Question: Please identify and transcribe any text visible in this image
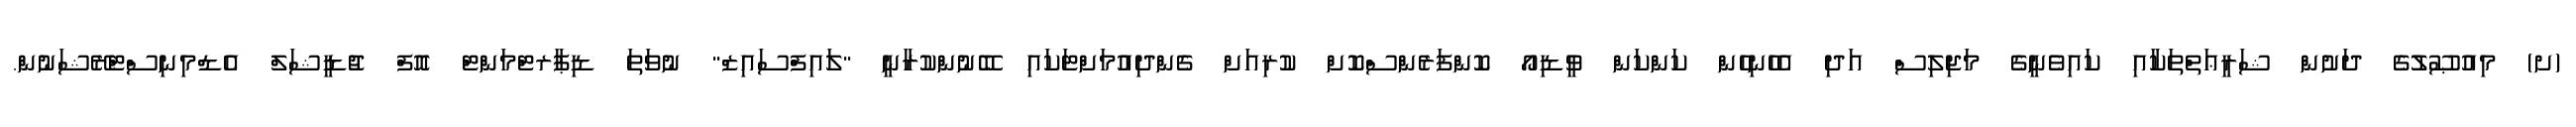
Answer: (ށ) މިއުޞޫލުގެ ދަށުން ޝަރީޢަތްތަކާއި ކައިވެނީގެ މަޖިލިސް އަދި އެހެނިހެން ކަންކަން ވީޑިއޯ ކޮންފަރެންސްކޮށް ކުރިއަށް ގެންދިއުމަށްޓަކައި ބޭނުންކުރާނީ "ލައިފްސައިޒް" ނުވަތަ ޑިޕާރޓްމަންޓް އޮފް ޖުޑީޝަލް އެޑްމިނިސްޓްރޭޝަނުން.